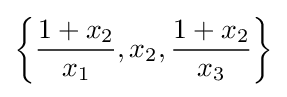
\left\{{\frac {1+x_{2}}{x_{1}}},x_{2},{\frac {1+x_{2}}{x_{3}}}\right\}